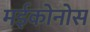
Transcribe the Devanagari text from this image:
मईकोनोस